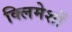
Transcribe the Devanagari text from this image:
क्लिमेशों